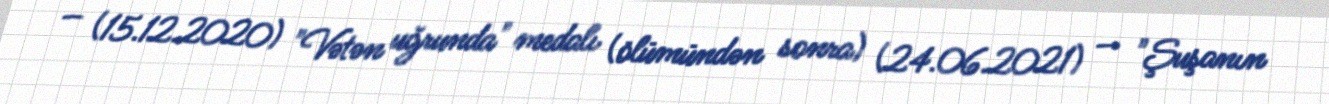
— (15.12.2020) "Vətən uğrunda" medalı (ölümündən sonra) (24.06.2021) — "Şuşanın